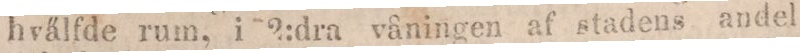
hvälfde rum, i 2:dra våningen af stadens andel